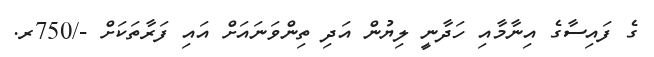
ގެ ފައިސާގެ އިނާމާއި ހަދާނީ ލިޔުން އަދި ތިންވަނައަށް އައި ފަރާތަކަށް -/750ރ.